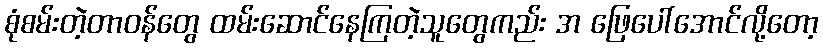
စုံစမ်းတဲ့တာဝန်တွေ ထမ်းဆောင်နေကြတဲ့သူတွေကည်း အ ဖြေပေါ်အောင်လို့တော့